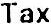
TAX